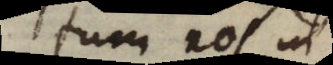
tum nos in